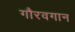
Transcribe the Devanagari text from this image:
गौरवगान